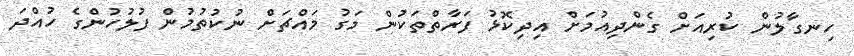
ހިނގާލުން ކުރިއަށް ގެންދިއުމަށް އިދިކޮޅު ފަރާތްތަކުން މަގު މައްޗަށް ނުކުތުމުން ފުލުހުންގެ ހުއްދަ